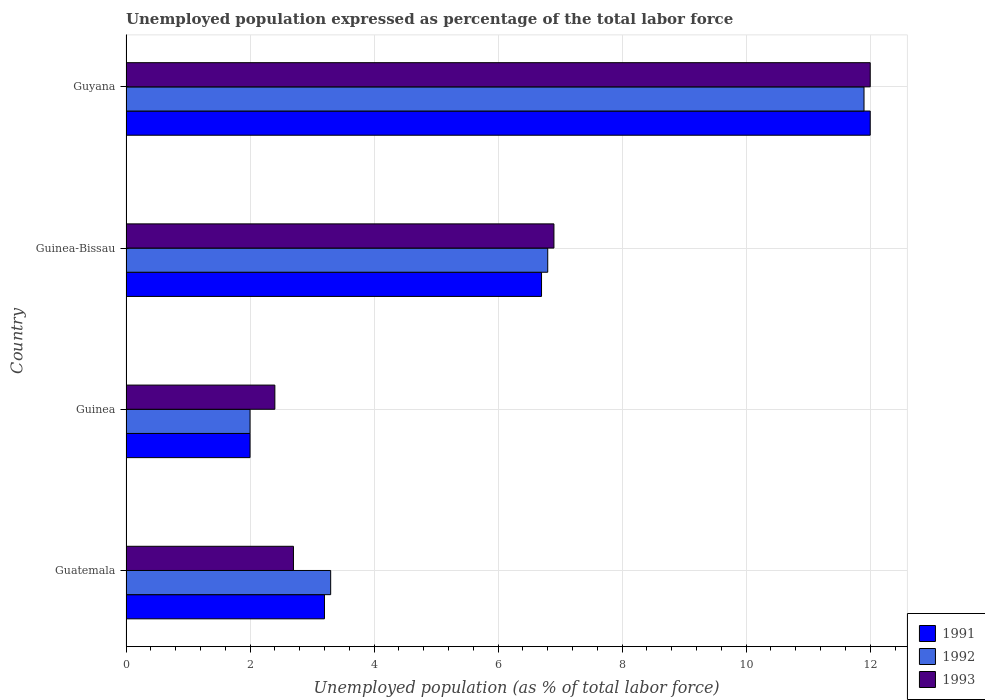
| Country | 1991 | 1992 | 1993 |
 | --- | --- | --- | --- |
 | Guatemala | 3.2 | 3.3 | 2.7 |
 | Guinea | 2 | 2 | 2.4 |
 | Guinea-Bissau | 6.7 | 6.8 | 6.9 |
 | Guyana | 12 | 11.9 | 12 |